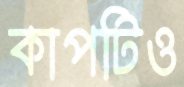
কাপটিও